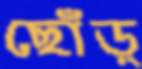
ছোঁড়্‌